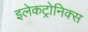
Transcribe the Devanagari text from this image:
इलेकट्रोनिक्स